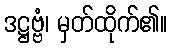
ဒဋ္ဌဗ္ဗံ၊ မှတ်ထိုက်၏။